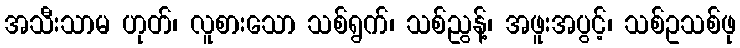
အသီးသာမ ဟုတ်၊ လူစားသော သစ်ရွက်၊ သစ်ညွန့်၊ အဖူးအပွင့်၊ သစ်ဥသစ်ဖု